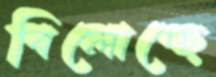
বিলোচ্ছে